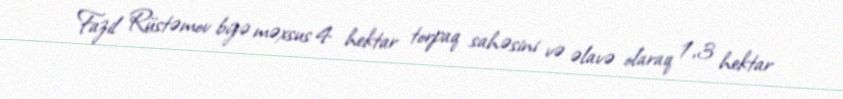
Fazil Rüstəmov bizə məxsus 4 hektar torpaq sahəsini və əlavə olaraq 1,3 hektar